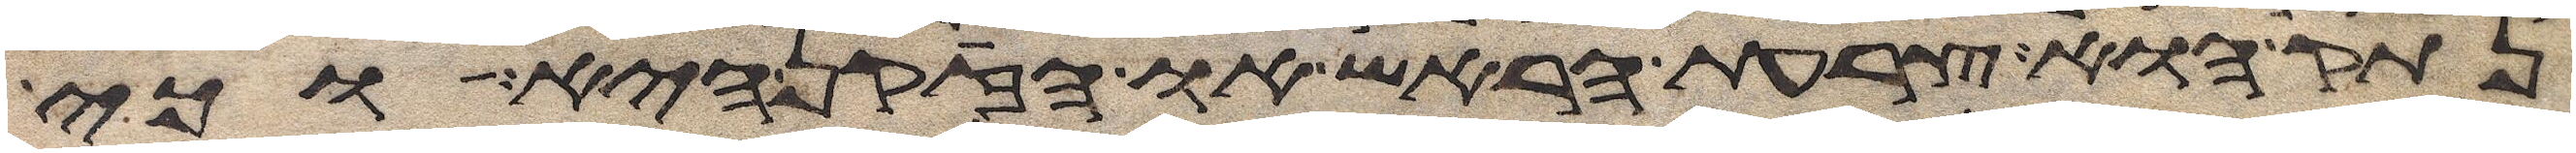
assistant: נתק הוא צרעת הראש או הזקן היא או כי